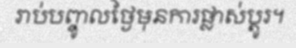
រាប់បញ្ចូលថ្ងៃមុនការផ្លាស់ប្តូរ។